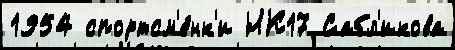
1954 спортсм'е́нк'и НК17 Сабл'икова